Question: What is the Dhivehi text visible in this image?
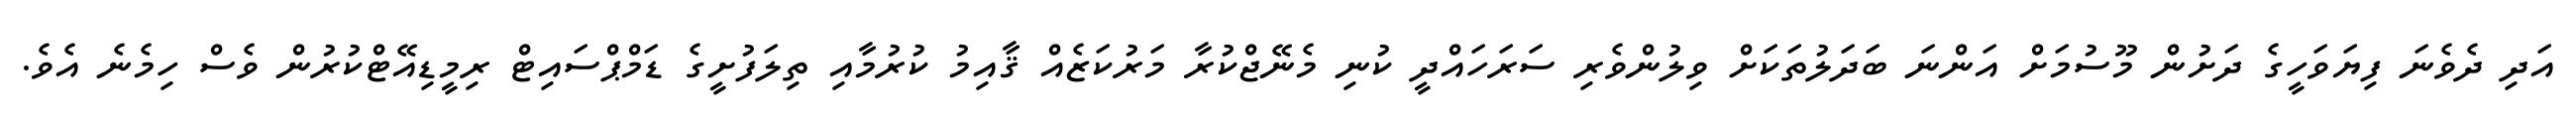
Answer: އަދި ދެވެނަ ފިޔަވަހީގެ ދަށުން މޫސުމަށް އަންނަ ބަދަލުތަކަށް ވިލުންވެރި ސަރަހައްދީ ކުނި މެނޭޖްކުރާ މަރުކަޒެއް ޤާއިމު ކުރުމާއި ތިލަފުށީގެ ޑަމްޕްސައިޓް ރިމީޑިއޭޓްކުރުން ވެސް ހިމެނެ އެވެ.